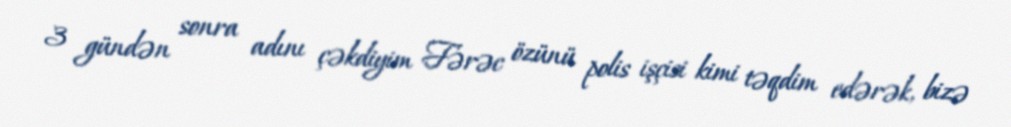
3 gündən sonra adını çəkdiyim Fərəc özünü polis işçisi kimi təqdim edərək, bizə